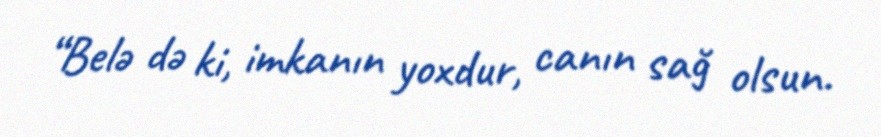
“Belə də ki, imkanın yoxdur, canın sağ olsun.